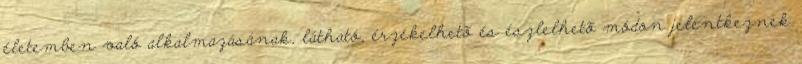
életemben való alkalmazásának, látható, érzékelhetõ és észlelhetõ módon jelentkeznek